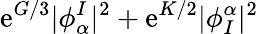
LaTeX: \mathrm{e}^{G/3}|\phi_{\alpha}^{I}|^{2}+\mathrm{e}^{K/2}|\phi_{I}^{\alpha}|^{2}